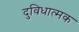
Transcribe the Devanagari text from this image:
दुविधात्मक